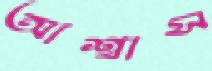
আশ্বাস